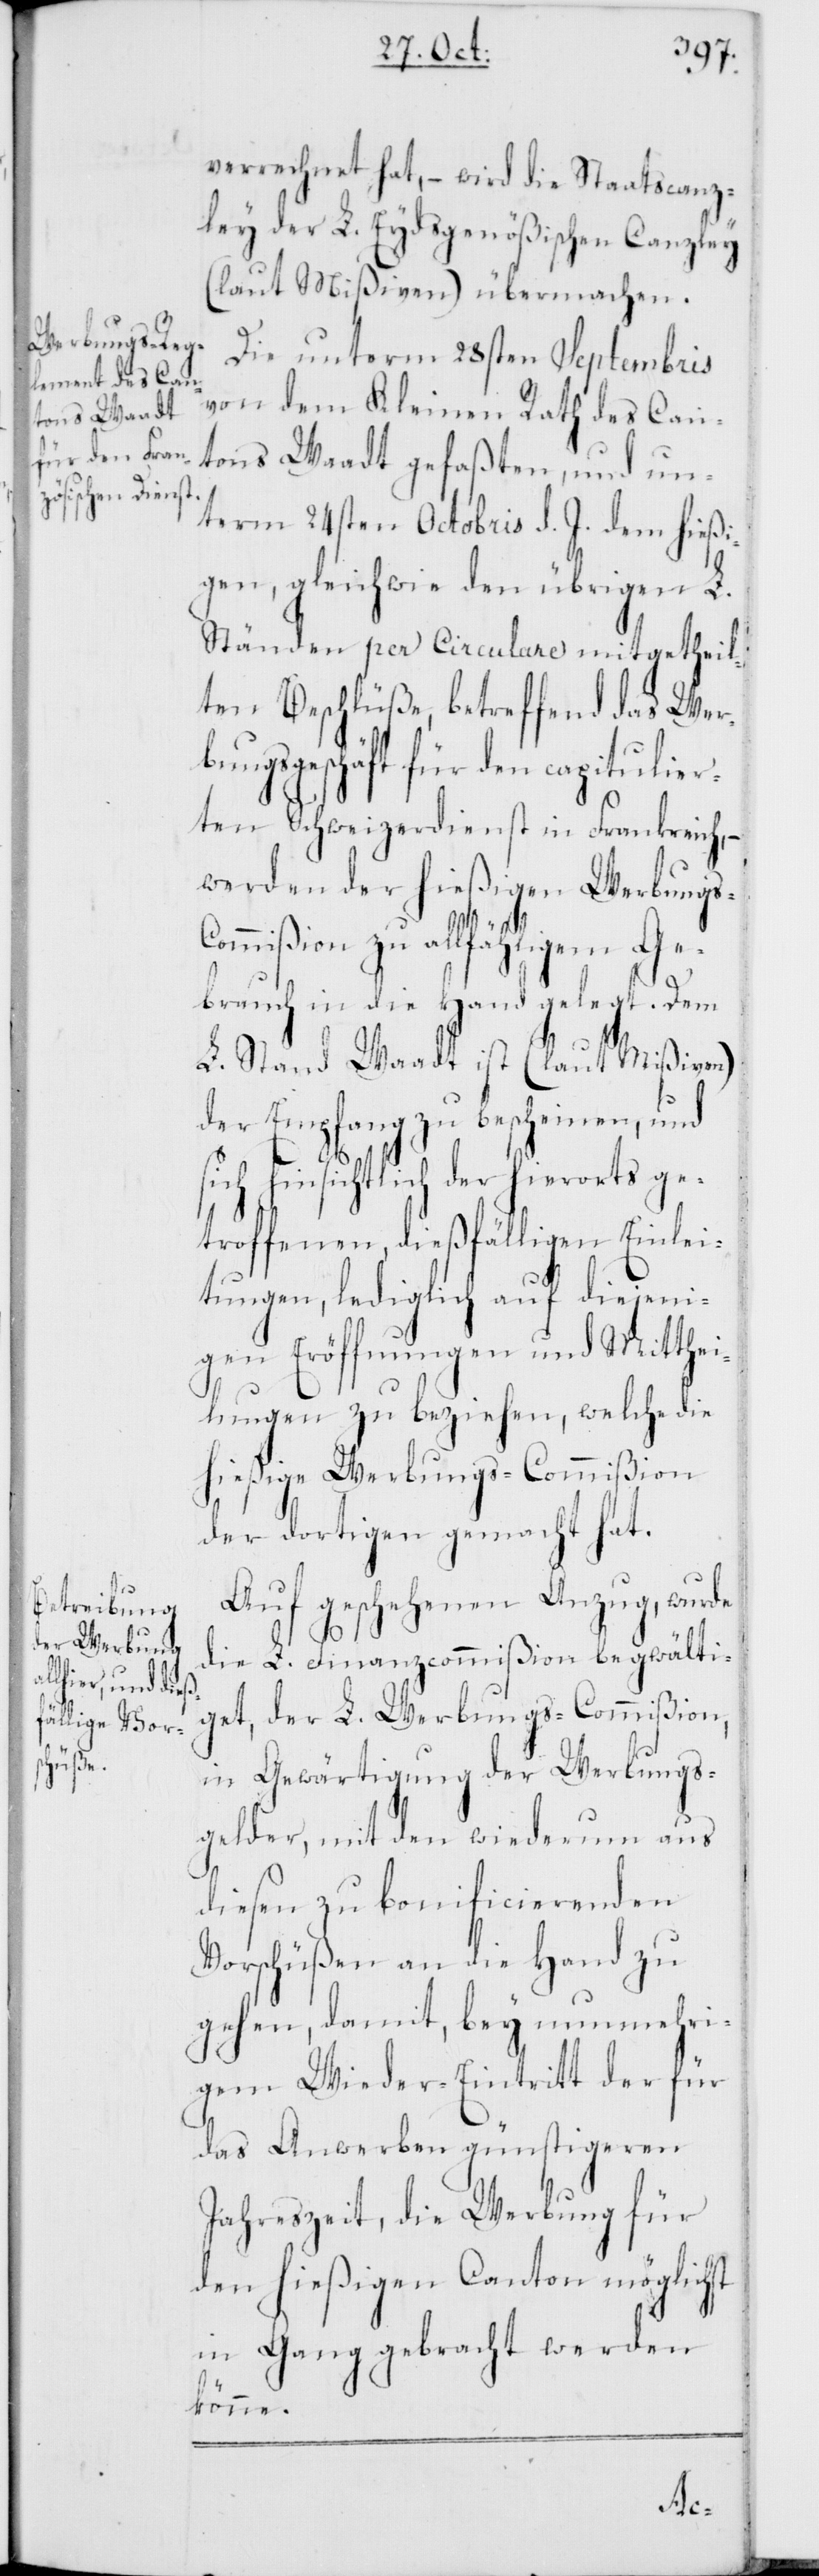
verrechnet hat, – wird die Staatscanz¬
ley der L. Eydsgenößischen Canzley
(laut Mißiven) übermachen.
Die unterm 28sten Septembris
von dem Kleinen Rath des Can¬
tons Waadt gefaßten, und un¬
term 24sten Octobris d. J. dem hießi¬
gen, gleichwie den übrigen L.
Ständen per Circulare mitgetheil¬
ten Beschlüße, betreffend das Wer¬
bungsgeschäft für den capitulier¬
ten Schweizerdienst in Frankreich, –
werden der hießigen Werbung¬
ommißion zu allfähligem Ge¬
brauch in die Hand gelegt. Dem
L. Stand Waadt ist (laut Mißiven)
der Empfang zu bescheinen, und
sich hinsichtlich der hierorts ge¬
troffenen, dießfälligen Einlei¬
tungen, lediglich auf diejeni¬
gen Eröffnungen und Mitthei¬
lungen zu beziehen, welche die
hießige Werbungs-Commißion
der dortigen gemacht hat.
Auf geschehenen Anzug, wurde
die L. Finanzcommißion begwälti¬
get, der L. Werbungs-Commißion,
in Gewärtigung der Werbungs¬
gelder, mit den wiederum aus
diesen zu bonificierenden
Vorschüßen an die Hand zu
gehen, damit, bey nunmehri¬
gem Wieder-Eintritt der für
das Anwerben günstigeren
Jahreszeit, die Werbung für
den hießigen Canton möglich¬
in Gang gebracht werden
könne.
st